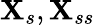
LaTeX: \mathbf{X}_{s},\mathbf{X}_{ss}